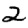
Digit: 2